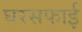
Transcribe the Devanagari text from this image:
घरसफाई